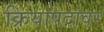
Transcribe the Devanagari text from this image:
क्रियापदांवर